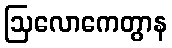
ဩလောကေတွာန